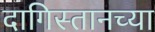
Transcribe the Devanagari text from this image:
दागिस्तानच्या